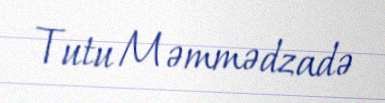
Tutu Məmmədzadə